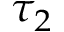
\tau _ { 2 }